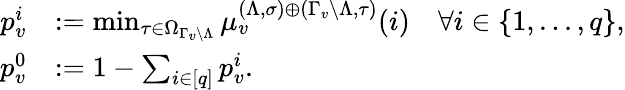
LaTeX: \begin{array}{rl}{p_{v}^{i}}&{:=\operatorname*{min}_{\tau\in\Omega_{\Gamma_{v}\setminus\Lambda}}\mu_{v}^{(\Lambda,\sigma)\oplus(\Gamma_{v}\setminus\Lambda,\tau)}(i)\quad\forall i\in\{ 1,...,q\} ,}\\ {p_{v}^{0}}&{:=1-\sum_{i\in[q]}p_{v}^{i}.}\end{array}